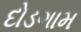
દોડગામ